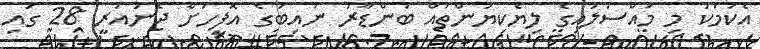
އެކަމަކު މި މައްސަލައިގެ ލިޔެކިޔުންތައް ބަންޑާރަ ނައިބުގެ އޮފީހަށް ޖެނުއަރީ 28 ގައި